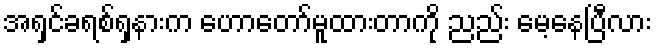
အရှင်ခရစ်ရှနားက ဟောတော်မူထားတာကို ညည်း မေ့နေပြီလား